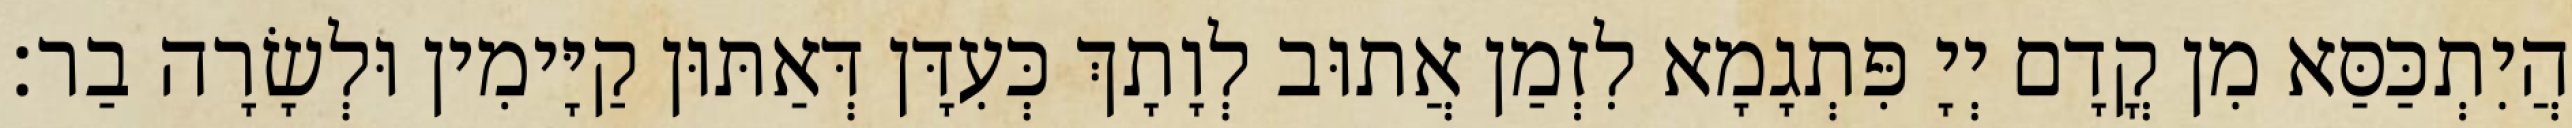
הֲיִתְכַּסַּא מִן קֳדָם יְיָ פִּתְגָמָא לִזְמַן אֲתוּב לְוָתָךְ כְּעִדָּן דְּאַתּוּן קַיָּימִין וּלְשָׂרָה בַר׃